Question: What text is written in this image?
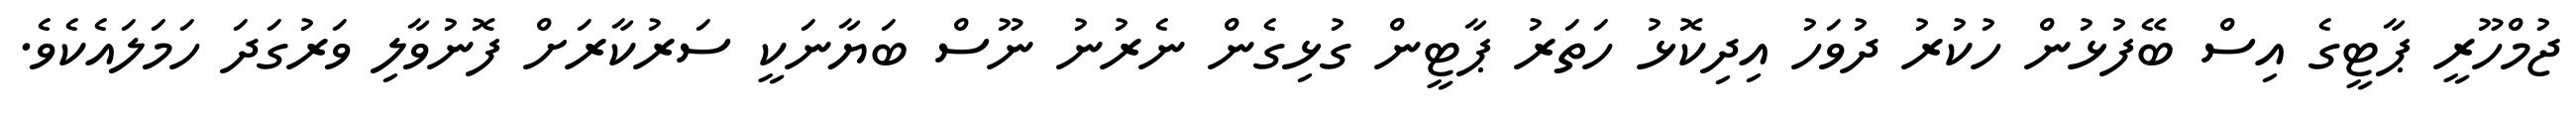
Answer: ޖުމްހޫރީ ޕާޓީގެ އިސް ބޭފުޅުން ހުކުރު ދުވަހު އިދިކޮޅު ހަތަރު ޕާޓީން ގުޅިގެން ނެރުނު ނޫސް ބަޔާނަކީ ސަރުކާރަށް ފޮނުވާލި ވަރުގަދަ ހަމަލައެކެވެ.